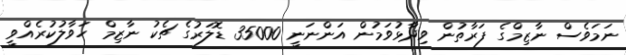
ނަމަވެސް ނާޒިމްގެ ފަރާތުން ވިދާޅުވަމުން އަންނަނީ 35000 ޑޮލަރުގެ ޗެކު ނާޒިމް ހަވާލުކުރެއްވީ